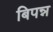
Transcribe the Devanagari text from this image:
बिपन्न